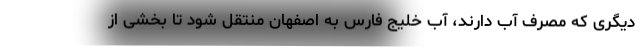
دیگری که مصرف آب دارند، آب خلیج فارس به اصفهان منتقل شود تا بخشی از